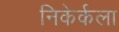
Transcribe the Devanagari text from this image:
निकेर्कला